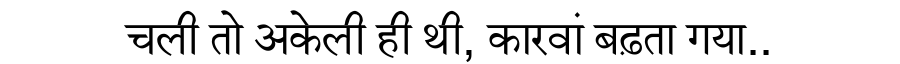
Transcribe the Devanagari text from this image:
चली तो अकेली ही थी, कारवां बढ़ता गया..